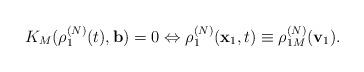
LaTeX: \begin{align*}K_{M}(\rho _{1}^{(N)}(t),\mathbf{b})=0\Leftrightarrow \rho _{1}^{(N)}(\mathbf{x}_{1},t)\equiv \rho _{1M}^{(N)}(\mathbf{v}_{1}). \end{align*}